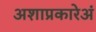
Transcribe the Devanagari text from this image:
अशाप्रकारेअं